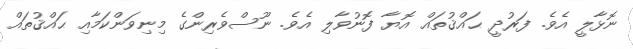
ނޮޅާލީ އެވެ. ފަރުދީ ޙައްޤުތައް އޮޔާ ފޮނުވާލި އެވެ. ނޫސްވެރިންގެ މިނިވަންކަމާއި ޙައްޤުތައް